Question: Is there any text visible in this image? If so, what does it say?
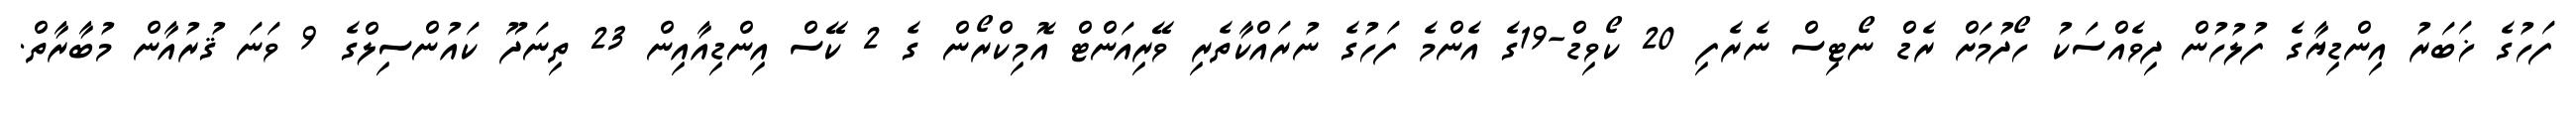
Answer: ފަހުގެ ޚަބަރު އިންޑިޔާގެ ފުލުހުން ދިވެއްސަކު ހޯދުމަށް ރެޑް ނޯޓިސް ނެރެފި 20 ކޯވިޑް-19ގެ އެންމެ ފަހުގެ ނުރައްކާތެރި ވޭރިއަންޓް އޮމިކްރޯން ގެ 2 ކޭސް އިންޑިއާއިން 23 ތިނަދޫ ކައުންސިލްގެ 9 ވަނަ ޤުރުއާން މުބާރާތް.